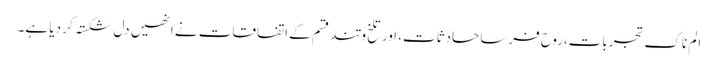
الم ناک تجربات،روح فرسا حادثات، اور تلخ و تند قسم کے اتفاقات نے انھیں دل شکستہ کر دیا ہے۔